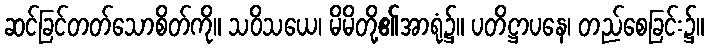
ဆင်ခြင်တတ်သောစိတ်ကို။ သဝိသယေ၊ မိမိတို့၏အာရုံ၌။ ပတိဋ္ဌာပနေ၊ တည်စေခြင်း၌။